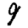
Digit: 9